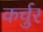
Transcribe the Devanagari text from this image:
कर्चुर